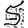
Digit: 5